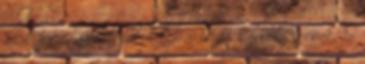
ahol 100 avar kori lelőhelyre 950-től indulóan csak 25